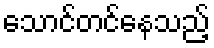
သောင်တင်နေသည့်